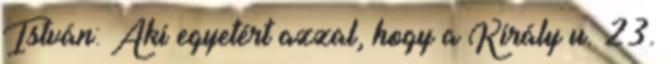
István: Aki egyetért azzal, hogy a Király u. 23.